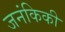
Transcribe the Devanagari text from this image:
जनंकिकी